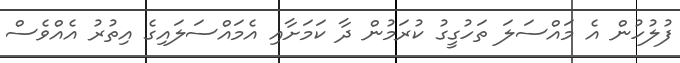
ފުލުހުން އެ މައްސަލަ ތަހުގީގު ކުރަމުން ދާ ކަމަށާއި އެމައްސަލައިގެ އިތުރު އެއްވެސް